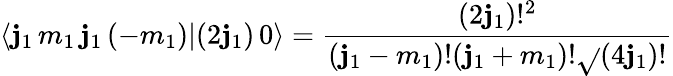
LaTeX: \langle\mathbf{j}_{1}\, m_{1}\, \mathbf{j}_{1}\, (-m_{1})|(2\mathbf{j}_{1})\, 0\rangle={\frac{{(2\mathbf{j}_{1})!^{2}}}{{(\mathbf{j}_{1}-m_{1})!(\mathbf{j}_{1}+m_{1})!{\sqrt{}{{(4\mathbf{j}_{1})!}}}}}}